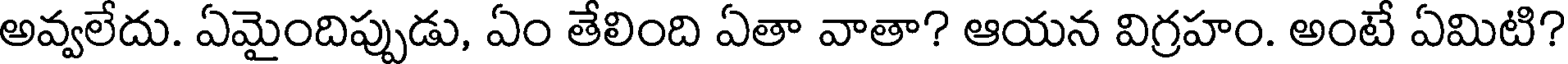
అవ్వలేదు. ఏమైందిప్పుడు, ఏం తేలింది ఏతా వాతా? ఆయన విగ్రహం. అంటే ఏమిటి?